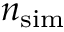
{ \ensuremath { n _ { \mathrm { s i m } } } }